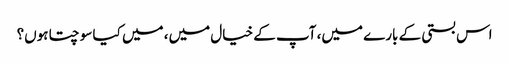
اس بستی کے بارے میں، آپ کے خیال میں، میں کیا سوچتا ہوں؟